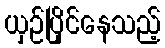
ယှဉ်ပြိုင်နေသည့်